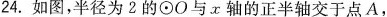
24.如图，半径为2的⊙O与x轴的正半轴交于点A，